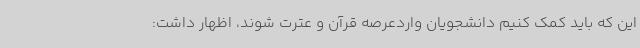
این که باید کمک کنیم دانشجویان واردعرصه قرآن و عترت شوند، اظهار داشت: